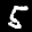
Label: 5